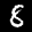
Label: 8